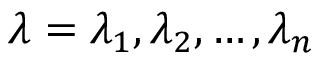
\lambda = { \lambda _ { 1 } , \lambda _ { 2 } , \dots , \lambda _ { n } }